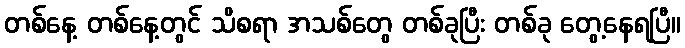
တစ်နေ့ တစ်နေ့တွင် သိစရာ အသစ်တွေ တစ်ခုပြီး တစ်ခု တွေ့နေရပြီ။